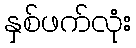
နှစ်ဖက်လုံး